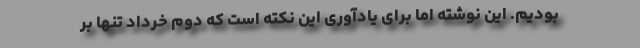
بودیم. این نوشته اما برای یادآوری این نکته است که دوم خرداد تنها بر